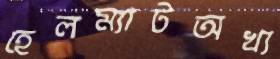
হেলম্যাটঅখ্য